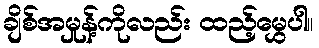
ချိစ်အမှုန့်ကိုလည်း ထည့်မွှေပါ။